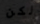
لكن